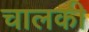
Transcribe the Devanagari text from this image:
चालकी